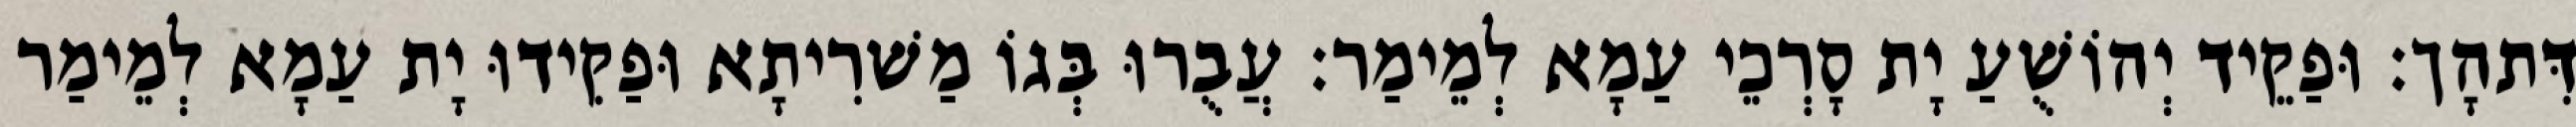
דִּתהָך׃ וּפַקֵיד יְהוֹשֻׁעַ יָת סָרְכֵי עַמָא לְמֵימַר׃ עֲבֻרוּ בְּגוֹ מַשׁרִיתָא וּפַקִידוּ יָת עַמָא לְמֵימַר